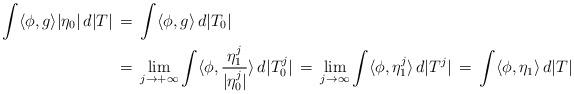
LaTeX: \begin{align*}\int \langle\phi,g\rangle |\eta_0| \,d|T| \,&=\, \int \langle\phi, g\rangle \,d|T_0| \\ &=\, \lim_{j\to+\infty}\int \langle\phi,\frac{\eta^j_1}{|\eta_0^j|}\rangle\,d|T_0^j| \,=\, \lim_{j\to\infty} \int \langle\phi ,\eta_1^j\rangle \,d|T^j| \,=\, \int \langle\phi,\eta_1 \rangle\,d|T|\end{align*}